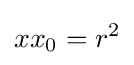
xx_{0}=r^{2}